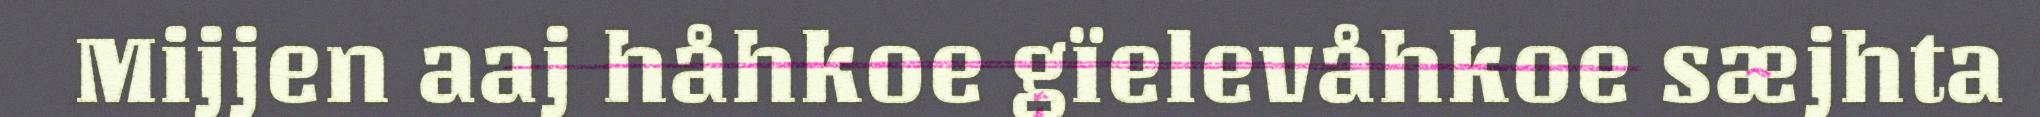
Mijjen aaj håhkoe gïelevåhkoe sæjhta